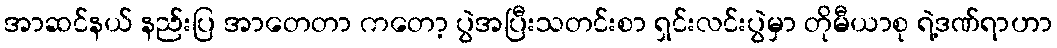
အာဆင်နယ် နည်းပြ အာတေတာ ကတော့ ပွဲအပြီးသတင်းစာ ရှင်းလင်းပွဲမှာ တိုမီယာစု ရဲ့ဒဏ်ရာဟာ